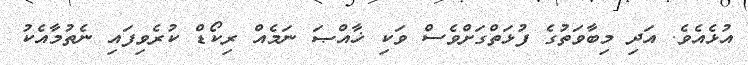
އުޅެއެވެ. އަދި މިބާވަތުގެ ފުޅަތްގަށްވެސް ވަކި ޚާއްޞަ ނަމެއް ރިކޯޑް ކުރެވިފައި ނެތުމާއެކު